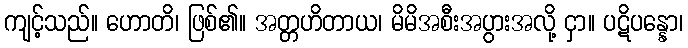
ကျင့်သည်။ ဟောတိ၊ ဖြစ်၏။ အတ္တဟိတာယ၊ မိမိအစီးအပွားအလို့ ငှာ။ ပဋိပန္နော၊